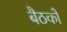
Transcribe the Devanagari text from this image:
बैठकाें